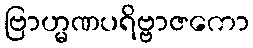
ဗြာဟ္မဏပရိဗ္ဗာဇကော